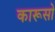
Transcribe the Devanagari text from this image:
कारूसो